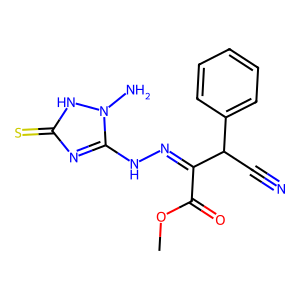
SMILES: COC(=O)C(=NNc1nc(=S)[nH]n1N)C(C#N)c1ccccc1
Inhibits HIV replication: No